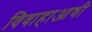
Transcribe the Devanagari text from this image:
विवाहाआधी